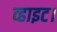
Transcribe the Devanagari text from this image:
व्हाइट।